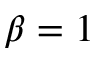
\beta = 1